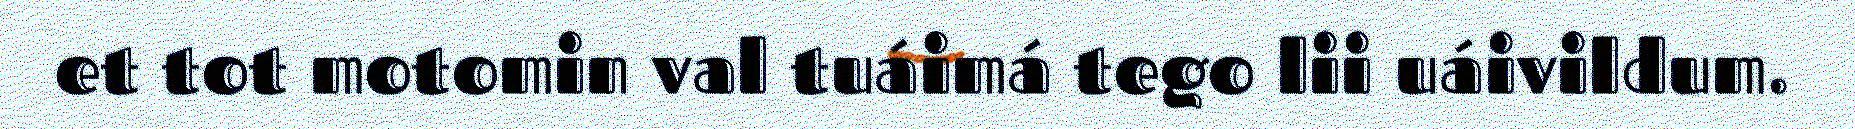
et tot motomin val tuáimá tego lii uáivildum.